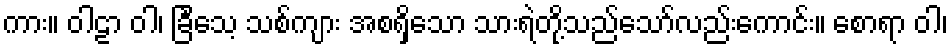
ကား။ ဝါဠာ ဝါ၊ ခြင်္သေ့ သစ်ကျား အစရှိသော သားရဲတို့သည်သော်လည်းကောင်း။ စောရာ ဝါ၊